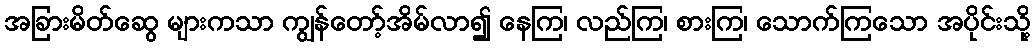
အခြားမိတ်ဆွေ များကသာ ကျွန်တော့်အိမ်လာ၍ နေကြ၊ လည်ကြ၊ စားကြ၊ သောက်ကြသော အပိုင်းသို့